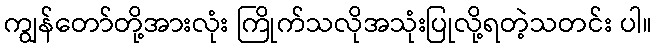
ကျွန်တော်တို့အားလုံး ကြိုက်သလိုအသုံးပြုလို့ရတဲ့သတင်း ပါ။